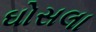
ઘોસલા